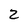
Character: 2